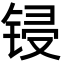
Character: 锓